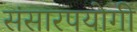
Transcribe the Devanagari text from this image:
संसारपयोगी